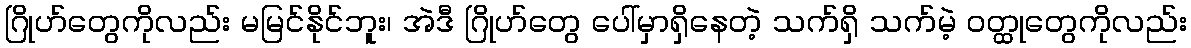
ဂြိုဟ်တွေကိုလည်း မမြင်နိုင်ဘူး၊ အဲဒီ ဂြိုဟ်တွေ ပေါ်မှာရှိနေတဲ့ သက်ရှိ သက်မဲ့ ဝတ္ထုတွေကိုလည်း